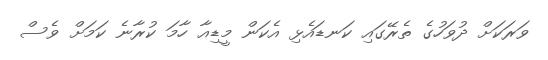
ވަރަކަށް ދުވަހުގެ ތެރޭގައި ކަނޑައެޅި އެކަން މީޑިއާ ހާމަ ކުރާނެ ކަމަށް ވެސް